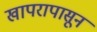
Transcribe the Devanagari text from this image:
खापरापासून